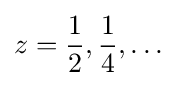
z={\frac {1}{2}},{\frac {1}{4}},\dots